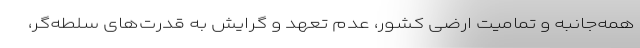
همه‌جانبه و تمامیت ارضی کشور، عدم تعهد و گرایش به قدرت‌های سلطه‌گر،